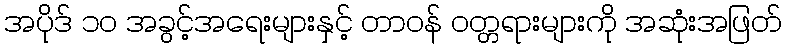
အပိုဒ် ၁၀ အခွင့်အရေးများနှင့် တာဝန် ဝတ္တရားများကို အဆုံးအဖြတ်